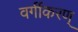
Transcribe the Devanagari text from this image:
वर्गीकरण्